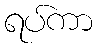
ရပ်ကာ